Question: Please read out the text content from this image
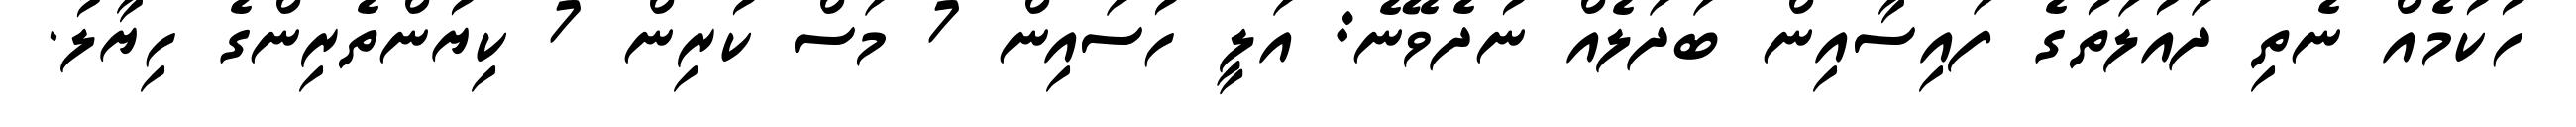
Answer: ހުކުމެއް ނެތި ދައުލަތުގެ ފައިސާއިން ބަދަލެއް ނުދެވޭނެ: އަލީ ހުސައިން 7 މަސް ކުރިން 7 ކިޔުންތެރިންގެ ހިޔާލު.